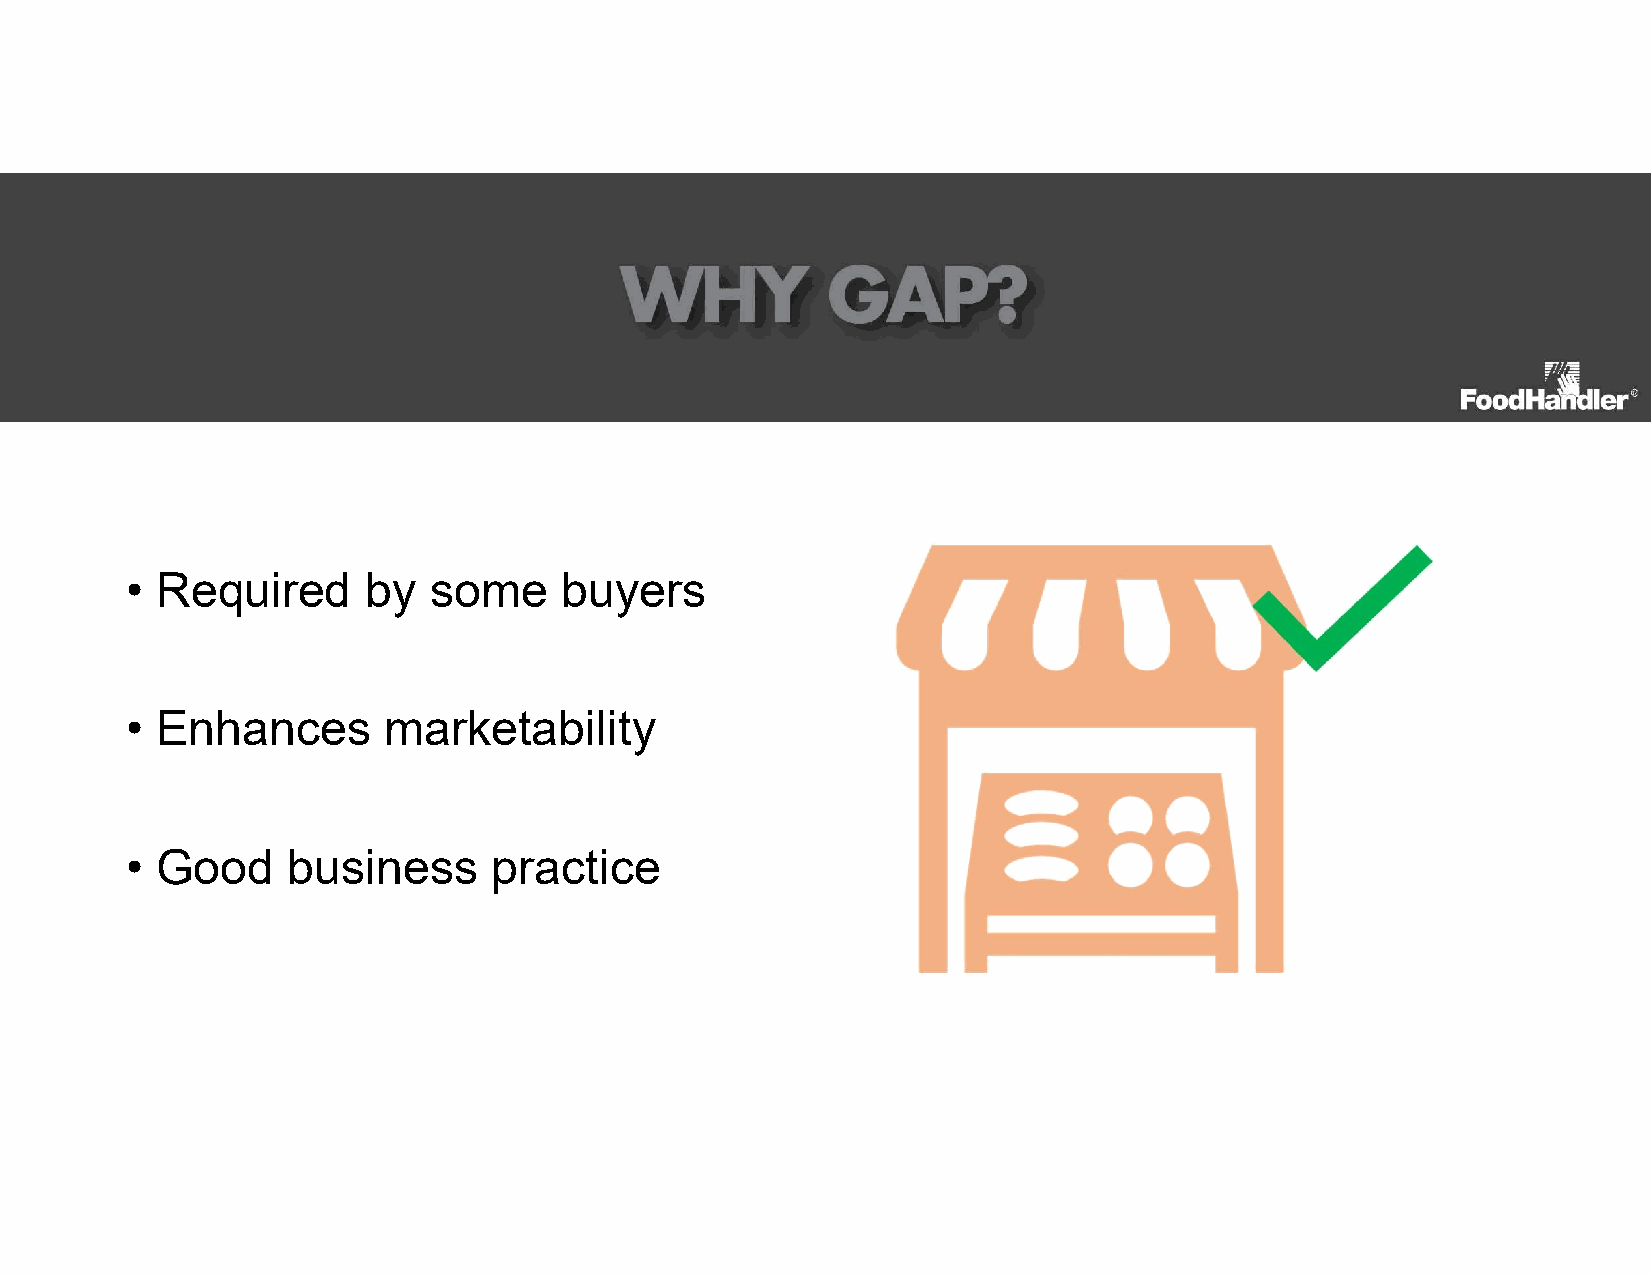
• Required      by  some     buyers
 • Enhances       marketability
 • Good     business      practice